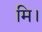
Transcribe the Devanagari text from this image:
मि।